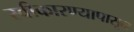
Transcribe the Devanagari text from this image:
स्वीकारण्यापासून